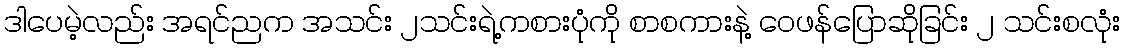
ဒါပေမဲ့လည်း အရင်ညက အသင်း ၂သင်းရဲ့ကစားပုံကို စာစကားနဲ့ ဝေဖန်ပြောဆိုခြင်း ၂ သင်းစလုံး